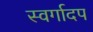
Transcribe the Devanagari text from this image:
स्वर्गादप